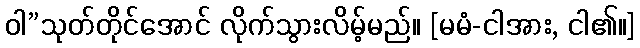
ဝါ”သုတ်တိုင်အောင် လိုက်သွားလိမ့်မည်။ [မမံ-ငါအား, ငါ၏။]